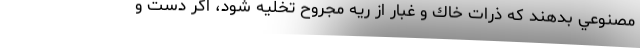
مصنوعي بدهند كه ذرات خاك و غبار از ريه مجروح تخليه شود، اگر دست و